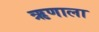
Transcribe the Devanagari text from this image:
ऋणाला